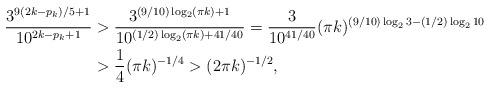
LaTeX: \begin{align*}\frac{3^{9(2k-p_k)/5+1}}{10^{2k-p_k+1}}& > \frac{3^{(9/10)\log_2(\pi k)+1}}{10^{(1/2)\log_2(\pi k)+41/40}}= \frac{3}{10^{41/40}} (\pi k)^{(9/10)\log_2 3 - (1/2)\log_2 10} \\& > \frac{1}{4} (\pi k)^{-1/4} > (2\pi k)^{-1/2},\end{align*}